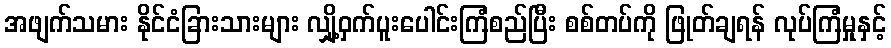
အဖျက်သမား နိုင်ငံခြားသားများ လျှို့ဝှက်ပူးပေါင်းကြံစည်ပြီး စစ်တပ်ကို ဖြုတ်ချရန် လုပ်ကြံမှုနှင့်